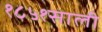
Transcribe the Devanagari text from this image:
१८५१साली